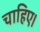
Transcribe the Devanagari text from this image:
चाहिए।